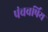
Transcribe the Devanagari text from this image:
पंचवर्षिय